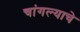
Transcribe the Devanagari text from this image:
चांगल्याचे